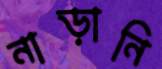
নাড়ানি